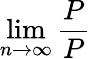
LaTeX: \operatorname*{lim}_{n\to\infty}{\frac{P}{P}}